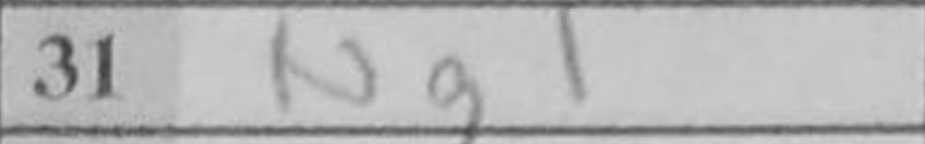
Transcription: Ng1